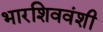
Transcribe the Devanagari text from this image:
भारशिववंशी